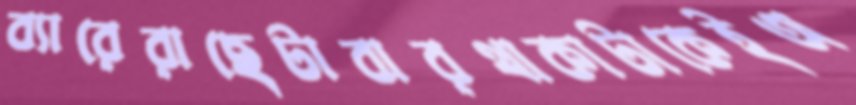
ব্যারেরাছেটাবারথাকাটাকেইঅ